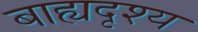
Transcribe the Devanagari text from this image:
बाह्यदृश्य